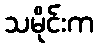
သမိုင်းက